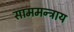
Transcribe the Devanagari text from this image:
साममन्त्राय